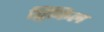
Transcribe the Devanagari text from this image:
ट्विंकिल